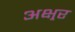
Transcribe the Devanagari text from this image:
अक्ष्रर